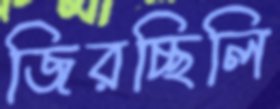
জিরচ্ছিলি